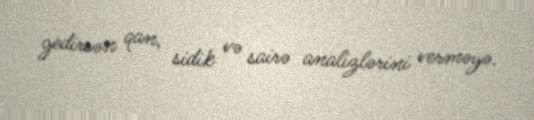
gedirsən qan, sidik və sairə analizlərini verməyə.